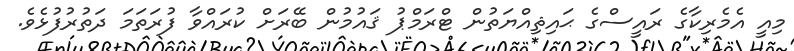
މިއީ އެމެރިކާގެ ރައީސްގެ ޙައިޘިއްޔަތުން ޓްރަމްޕު ޤައުމުން ބޭރަށް ކުރައްވާ ފުރަތަމަ ދަތުރުފުޅެވެ.